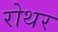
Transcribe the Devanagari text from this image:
रोथर